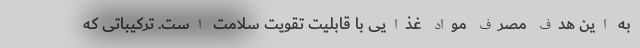
به این هدف مصرف مواد غذایی با قابلیت تقویت سلامت است. ترکیباتی که